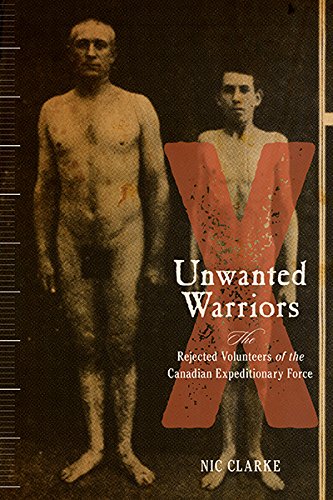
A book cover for Unwanted Warriors: The Rejected Volunteers of the Canadian Expeditionary Force (Studies in Canadian Military History Series); Nic Clarke; History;